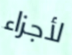
لأجزاء